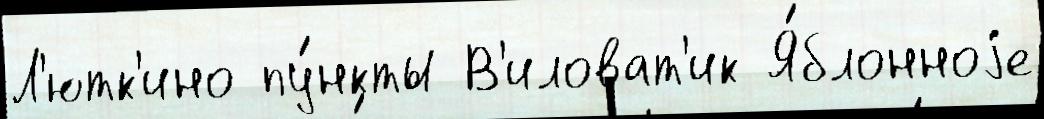
Л'ютк'ино пу́нкты В'иловат'ик Я́блонноjе